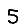
Digit: 5